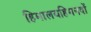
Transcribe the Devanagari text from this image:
हिमालयहिमनदों